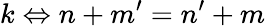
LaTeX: k\Leftrightarrow n+m^{\prime}=n^{\prime}+m